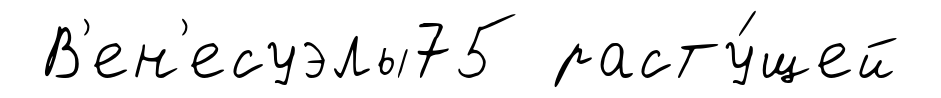
В'ен'есуэлы75 расту́щей